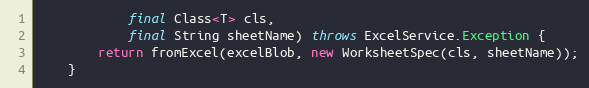
Language: Java
            final Class<T> cls,
            final String sheetName) throws ExcelService.Exception {
        return fromExcel(excelBlob, new WorksheetSpec(cls, sheetName));
    }